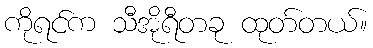
ကိုရင်က သီအိုရီတခု ထုတ်တယ်။